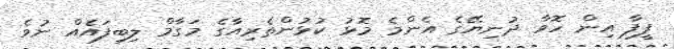
ފީފާ އިން ހޮވާ ދުނިޔޭގެ އެންމެ މޮޅު ކުޅުންތެރިއާގެ މަގާމް ލިބިފައެއް ނުވެ